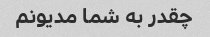
چقدر به شما مدیونم